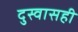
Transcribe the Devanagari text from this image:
दुस्वासही